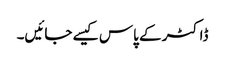
ڈاکٹر کے پاس کیسے جائیں۔